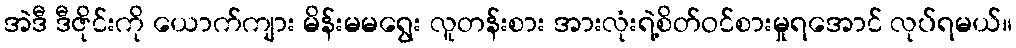
အဲဒီ ဒီဇိုင်းကို ယောက်ကျား မိန်းမမရွေး လူတန်းစား အားလုံးရဲ့စိတ်ဝင်စားမှုရအောင် လုပ်ရမယ်။